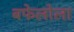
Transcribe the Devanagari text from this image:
बफेलोला